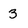
Character: 3